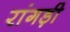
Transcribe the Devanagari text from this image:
रांगड़ी